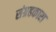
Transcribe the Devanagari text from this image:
संग्रहकारा